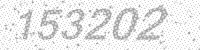
Solution: 153202